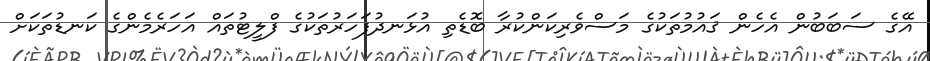
އޭގެ ސަބަބުން އެހެން ޤައުމުތަކުގެ މަސްވެރިކަންކުރާ ބޮޑެތި އުޅަނދުފަހަރުތަކުގެ ފްލީޓުތައް އަހަރެމެންގެ ކަނޑުތަކަށް